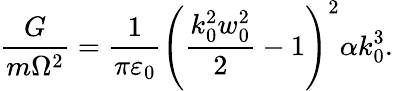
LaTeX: \frac{G}{m\Omega^{2}}=\frac{1}{\pi\varepsilon_{0}}\left(\frac{k_{0}^{2}w_{0}^{2}}{2}-1\right)^{2}\alpha k_{0}^{3}.